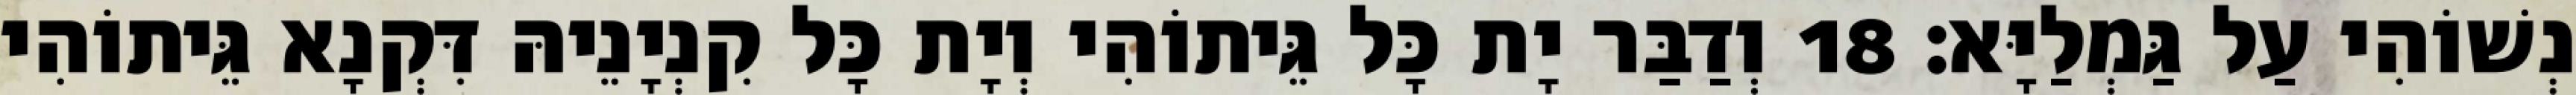
נְשׁוֹהִי עַל גַּמְלַיָּא׃ 18 וְדַבַּר יָת כָּל גֵּיתוֹהִי וְיָת כָּל קִנְיָנֵיהּ דִּקְנָא גֵּיתוֹהִי